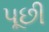
પૂછી